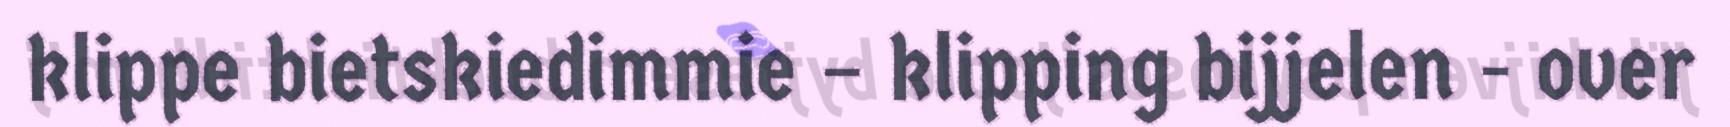
klippe bietskiedimmie – klipping bijjelen - over